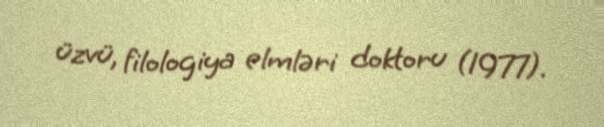
üzvü, filologiya elmləri doktoru (1977).